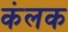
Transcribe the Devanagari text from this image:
कंलक